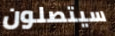
سيتصلون